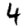
Digit: 4